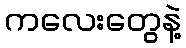
ကလေးတွေနဲ့